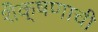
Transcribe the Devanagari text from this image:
शैक्षणाची